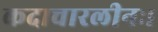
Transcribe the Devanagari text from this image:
कदाचारलीनः।